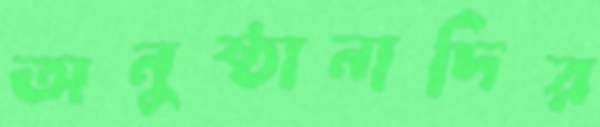
অনুষ্ঠানাদির